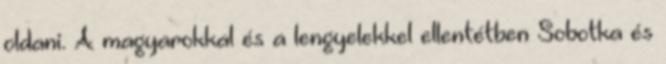
oldani. A magyarokkal és a lengyelekkel ellentétben Sobotka és